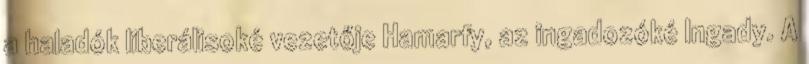
a haladók liberálisoké vezetője Hamarfy, az ingadozóké Ingady. A